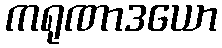
ကရုဏာဒယော